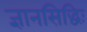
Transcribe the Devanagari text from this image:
ज्ञानसिद्धिः